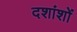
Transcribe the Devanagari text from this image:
दशांशों